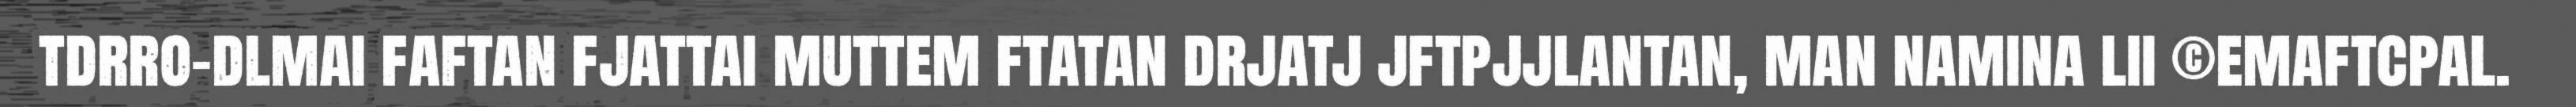
tdrro-dlmai faftan fjattai muttem ftatan drjatj jftpjjlantan, man namina lii ©emaftcpal.